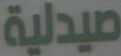
صيدلية